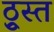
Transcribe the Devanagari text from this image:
ठ्रुस्त